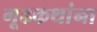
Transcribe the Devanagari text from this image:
गूढकथांना